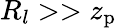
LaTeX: R_{l}>>z_{\mathrm{p}}